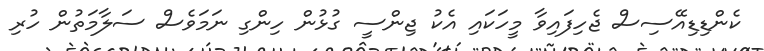
ކެންޑިޑިއޭސިސް ޖެހިފައިވާ މީހަކައި އެކު ޖިންސީ ގުޅުން ހިންގި ނަމަވެސް ސަލާމަތުން ހުރި